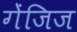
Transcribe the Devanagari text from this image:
गेंजिज